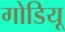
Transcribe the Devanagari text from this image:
गोडियू